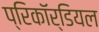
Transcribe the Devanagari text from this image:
प्रिकॉर्डियल